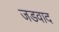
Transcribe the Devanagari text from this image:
जडवाद